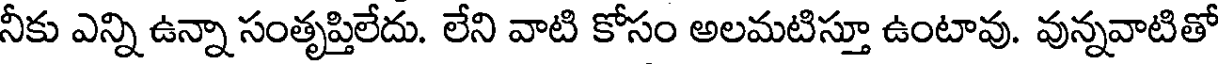
నీకు ఎన్ని ఉన్నా సంతృప్తిలేదు. లేని వాటి కోసం అలమటిస్తూ ఉంటావు. వున్నవాటితో